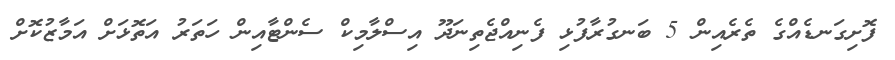
ފޮށިގަނޑެއްގެ ތެރެއިން 5 ބަނގުރާފުޅި ފެނިއްޖެތިނަދޫ އިސްލާމިކް ސެންޓާއިން ހަތަރު އަތޮޅަށް އަމާޒުކޮށް